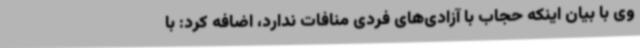
وی با بیان اینکه حجاب با آزادی‌های فردی منافات ندارد، اضافه کرد: با